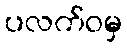
ပလက်ဝမှ